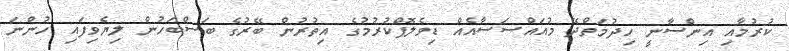
ކުރުމާއި އިންސާނީ ހިދުމަތްދޭ މުއައްސަސާއެއް ޑިވެލޮޕްކުރުމުގެ އިތުުރުން ބޭރުގެ ބަސްބަހުން ލިޔެވިފައި ހުންނަ